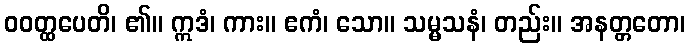
ဝဝတ္ထပေတိ၊ ၏။ ဣဒံ၊ ကား။ ဧကံ၊ သော။ သမ္မသနံ၊ တည်း။ အနတ္တတော၊